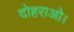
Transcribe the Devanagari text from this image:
दोहराओ।